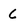
Character: 6